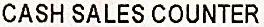
CASH SALES COUNTER